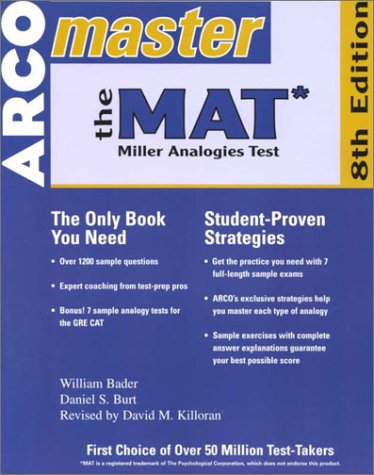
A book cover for Master the Mat 2001: Miller Analogies Test (Master the Mat: Miller Analogies Test, 8th ed); William Bader; Test Preparation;